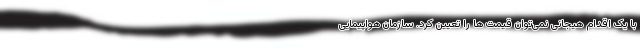
با یک اقدام هیجانی نمی‌توان قیمت ها را تعیین کرد. سازمان هواپیمایی